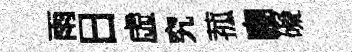
雨日虛究菰豳礙